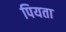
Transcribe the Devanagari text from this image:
पियता